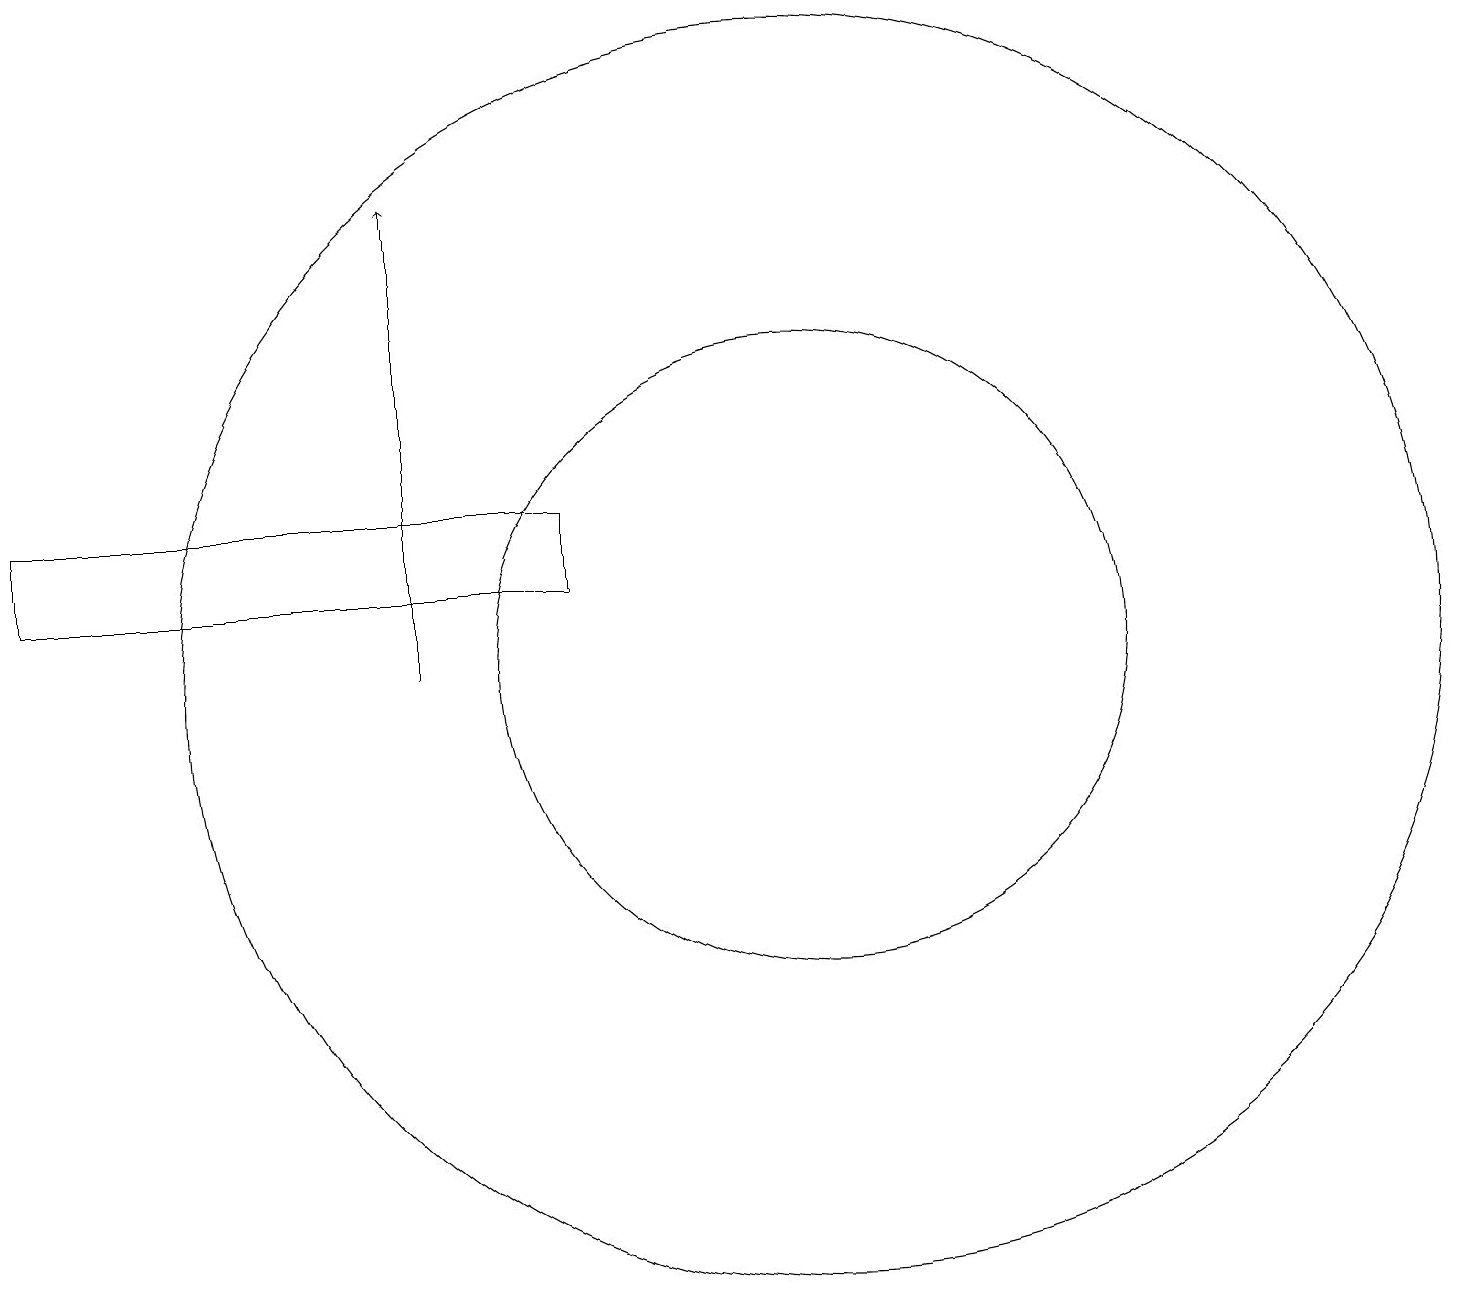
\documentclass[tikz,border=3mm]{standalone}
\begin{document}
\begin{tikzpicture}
\draw[->] (5,12) -- (5,18);
\draw (10,12) circle (4);
\draw (10,12) circle (8);
\draw (0,14) rectangle (7,13);
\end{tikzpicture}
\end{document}